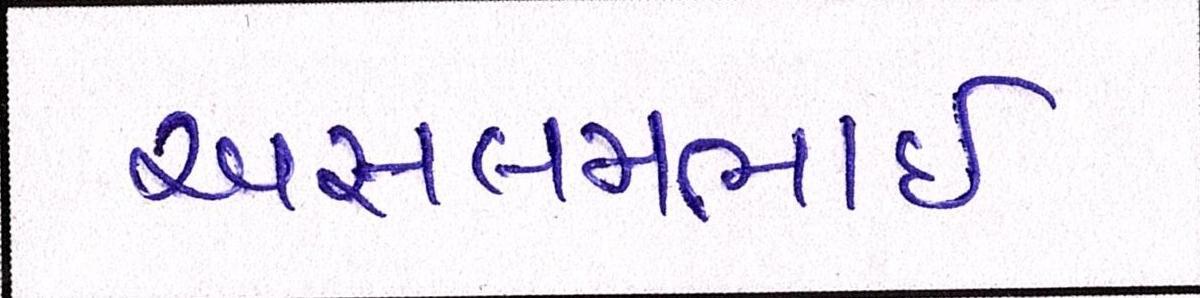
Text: અસલમભાઈ